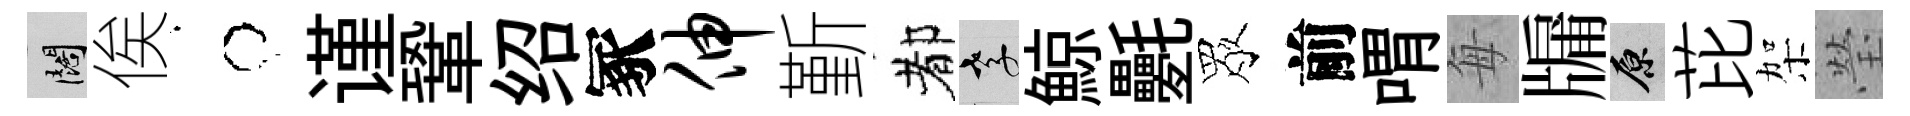
闊俟牛谨鞏绍冢伸斳都孝鯨氎眾前喟每牖原芘架瑩